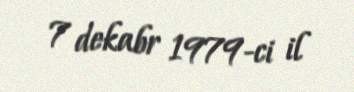
7 dekabr 1979-ci il